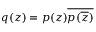
q ( z ) = p ( z ) { \overline { { p ( { \overline { { z } } } ) } } }